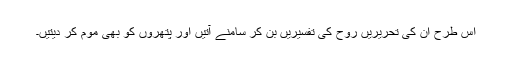
اس طرح ان کی تحریریں روح کی تفسیریں بن کر سامنے آتیں اور پتھروں کو بھی موم کر دیتیں۔